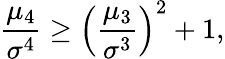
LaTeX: {\frac{\mu_{4}}{\sigma^{4}}}\geq\left({\frac{\mu_{3}}{\sigma^{3}}}\right)^{2}+1,